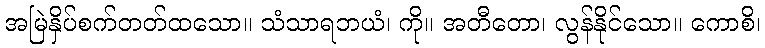
အမြဲနှိပ်စက်တတ်ထသော။ သံသာရဘယံ၊ ကို။ အတီတော၊ လွန်နိုင်သော။ ကောစိ၊